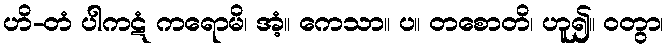
ဟိ-တံ ပါကဋံ ကရောမိ၊ အံ့။ ကေသာ။ ပ။ တစောတိ၊ ဟူ၍။ ဝတွာ၊